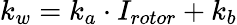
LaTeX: k_{w}=k_{a}\cdot I_{rotor}+k_{b}